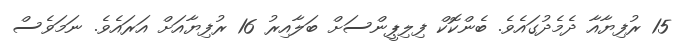
15 ރުފިޔާއާ ދެމެދުގައެވެ. ބެންކޮކް ފިލިޕީންސަށް ބަލާއިރު 16 ރުފިޔާއަށް އަރައެވެ. ނަމަވެސް